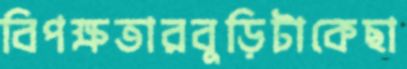
বিপক্ষতারবুড়িটাকেছা